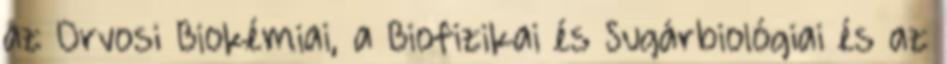
az Orvosi Biokémiai, a Biofizikai és Sugárbiológiai és az